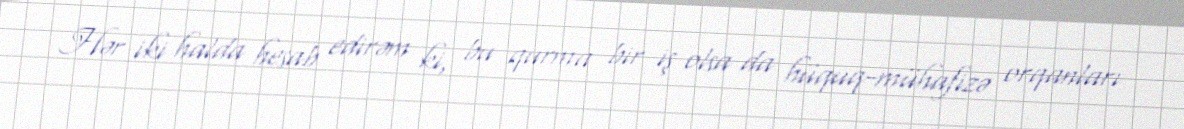
Hər iki halda hesab edirəm ki, bu qurma bir iş olsa da hüquq-mühafizə orqanları